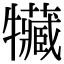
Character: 𤜐